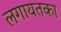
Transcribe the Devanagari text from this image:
लगायतका